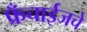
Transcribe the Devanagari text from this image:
फ्रँचाईजचे